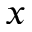
x